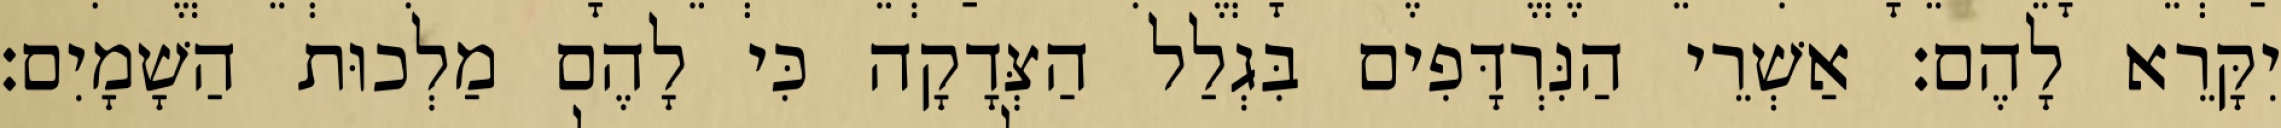
יִקָּרֵא לָהֶם׃ אַשְׁרֵי הַנִּרְדָּפִים בִּגְלַל הַצְּדָקָה כִּי לָהֶם מַלְכוּת הַשָׁמָיִם׃